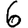
Digit: 6